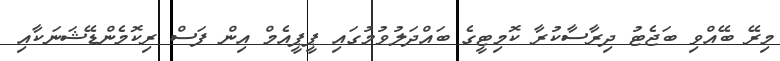
މިރޭ ބޭއްވި ބަޖެޓު ދިރާސާކުރާ ކޮމިޓީގެ ބައްދަލުވުމުގައި ޕީޕީއެމް އިން ފަސް ރިކޮމެންޑޭޝަނަކާއި